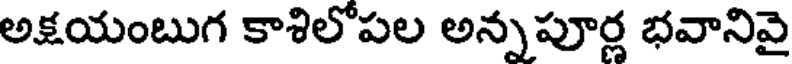
అక్షయంబుగ కాశిలోపల అన్నపూర్ణ భవానివై